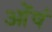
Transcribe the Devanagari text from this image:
ओंषं